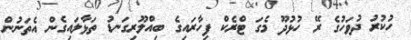
ހުކުރު ދުވަހުގެ ރޭ ހުޅުދޫ މެގަ ޓްރެކް ފިހާރައިގެ ބިއްލޫރިގަނޑު ތަޅާލައިގެން އެތަނުން